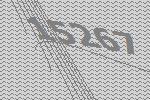
15267